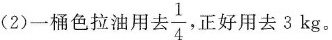
(2)一桶色拉油用 \frac{1}{4} ，正好用去3kg。